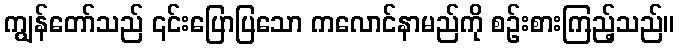
ကျွန်တော်သည် ၎င်းပြောပြသော ကလောင်နာမည်ကို စဉ်းစားကြည့်သည်။